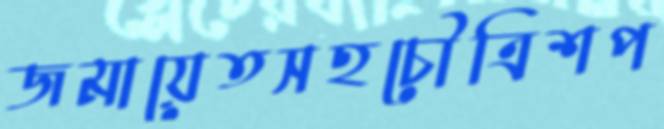
জমায়েতসহচৌত্রিশপ